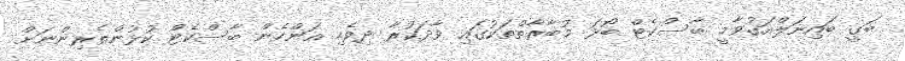
ބަގީ ބައިނަލްއަގުވާމީ ބާސްކެޓް ބޯޅަ މުބާރާތްތަކުގައި ވާދަކުރާ ދިވެހި އަންހެން ބާސްކެޓް ކުޅުންތެރިންނަށް